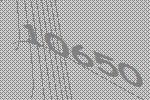
10650